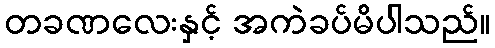
တခဏလေးနှင့် အကဲခပ်မိပါသည်။